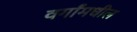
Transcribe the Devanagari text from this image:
वर्गांमधील